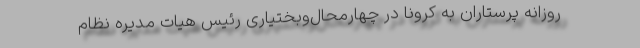
روزانه پرستاران به کرونا در چهارمحال‌وبختیاری رئیس هیات مدیره نظام